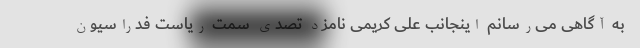
به آگاهی می‌رسانم اینجانب علی کریمی نامزد تصدی سمت ریاست فدراسیون